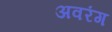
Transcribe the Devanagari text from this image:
अवरंग